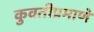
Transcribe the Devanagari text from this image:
कुवतीप्रमाणे